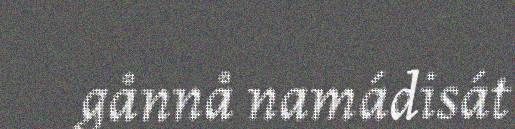
gånnå namádisát